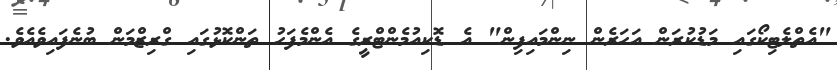
"އެތްލެޓިކޯގައި މަޑުކުރަން އަހަރެން ނިންމައިފިން" އެ ޑޮކިއުމެންޓްރީގެ އެންމެފަހު ތަންކޮޅުގައި ގްރިޒްމަން ބުނެފައިވެއެވެ.